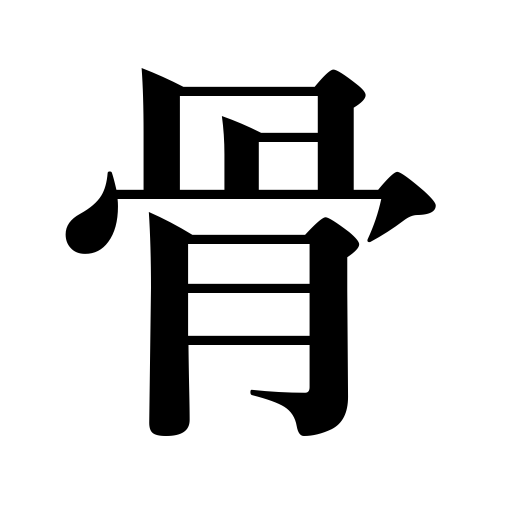
Meanings: remains,bone,rib of an umbrella,skeleton,frame,effort,pains,backbone,knack,grit